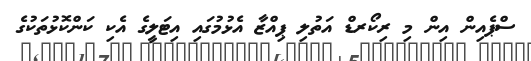
ސްޕެއިން އިން މި ރިކޯރޑް އަތުލި ޕިއްޒާ އެޅުމުގައި އިޓަލީގެ އެކި ކަންކޮޅުތަކުގެ